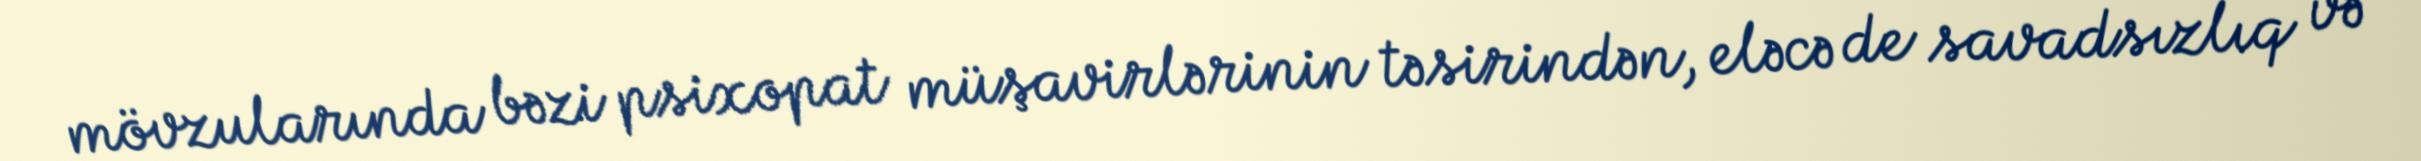
mövzularında bəzi psixopat müşavirlərinin təsirindən, eləcə de savadsızlıq və